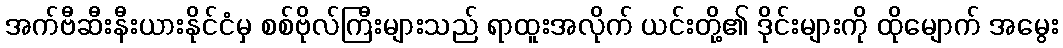
အက်ဗီဆီးနီးယားနိုင်ငံမှ စစ်ဗိုလ်ကြီးများသည် ရာထူးအလိုက် ယင်းတို့၏ ဒိုင်းများကို ထိုမျောက် အမွေး